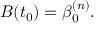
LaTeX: B ( t _ { 0 } ) = \beta _ { 0 } ^ { ( n ) } .